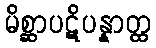
မိစ္ဆာပဋိပန္နာတ္ထ